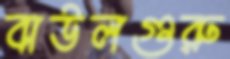
বাউলগুরু